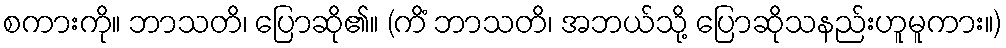
စကားကို။ ဘာသတိ၊ ပြောဆို၏။ (ကိံ ဘာသတိ၊ အဘယ်သို့ ပြောဆိုသနည်းဟူမူကား။)